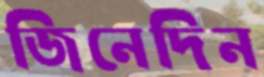
জিনেদিন